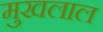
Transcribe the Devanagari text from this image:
मुखलाल